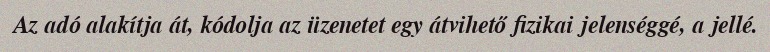
Az adó alakítja át, kódolja az üzenetet egy átvihető fizikai jelenséggé, a jellé.